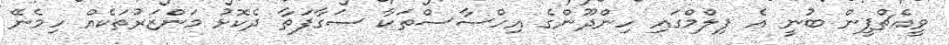
ވީއެޗްޕީން ބުނީ އެ ފިލްމްގައި ހިންދޫންގެ އިހްސާސްތަކާ ސަގާފަތާ ދެކޮޅު މަންޒަރުތަކެއް ހިމެނޭ